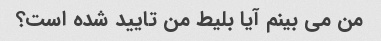
من می بینم آیا بلیط من تایید شده است؟